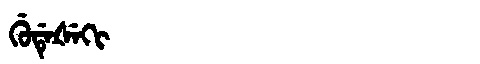
Manchu: ᡤᡠᡩᡝᡧᡝᡴᡳ
Romanization: GUDEŠEKI